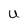
Character: U